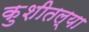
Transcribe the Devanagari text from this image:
कुशीतल्या